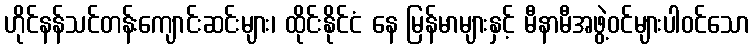
ဟိုင်နန်သင်တန်းကျောင်းဆင်းများ၊ ထိုင်းနိုင်ငံ နေ မြန်မာများနှင့် မီနာမီအဖွဲ့ဝင်များပါဝင်သော